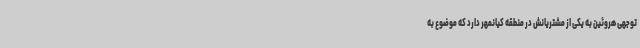
توجهی هروئین به یکی از مشتریانش در منطقه کیانمهر دارد که موضوع به